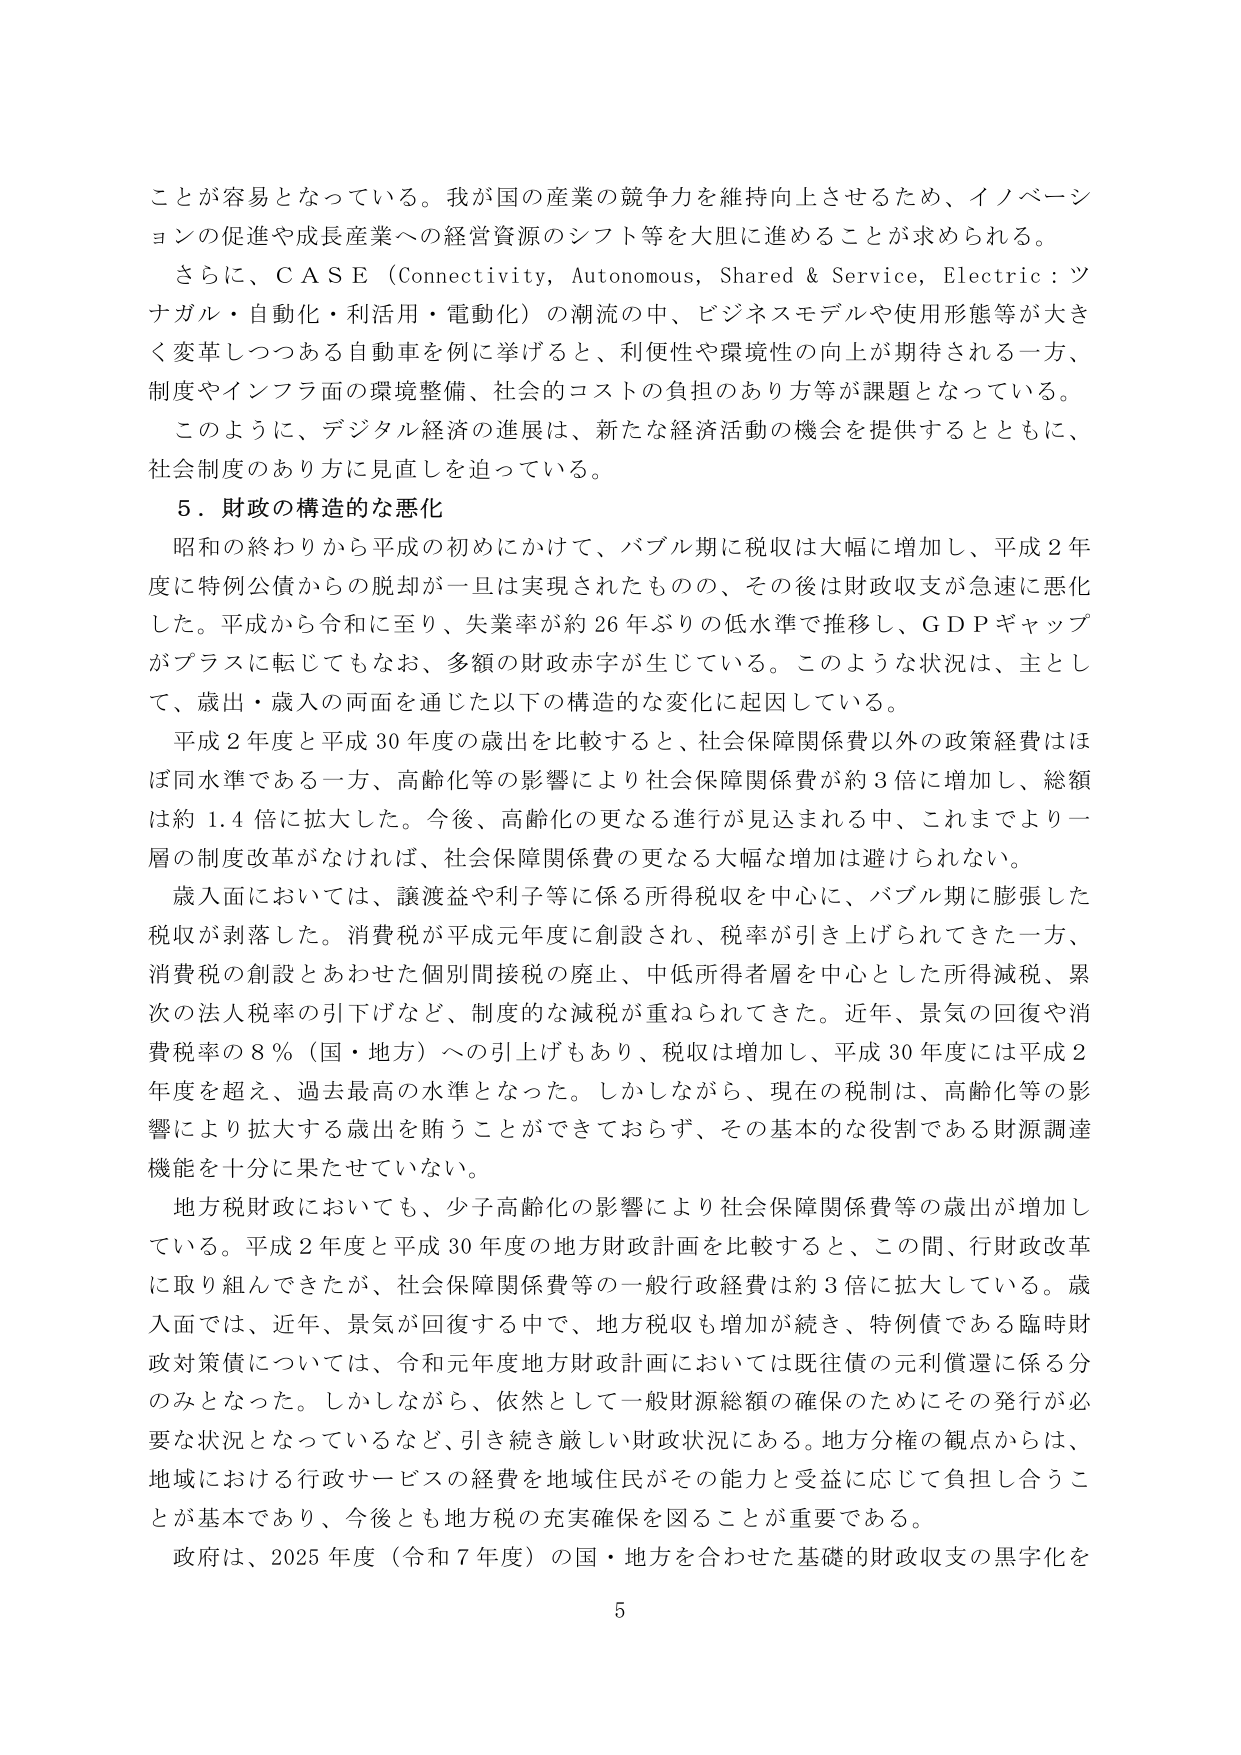
ことが容易となっている。我が国の産業の競争力を維持向上させるため、イノベーションの促進や成長産業への経営資源のシフト等を大胆に進めることが求められる。

さらに、ＣＡＳＥ（Connectivity, Autonomous, Shared & Service, Electric：つながる・自動化・利活用・電動化）の潮流の中、ビジネスモデルや使用形態等が大きく変革しつつある自動車を例に挙げると、利便性や環境性の向上が期待される一方、制度やインフラ面の環境整備、社会的コストの負担のあり方等が課題となっている。

このように、デジタル経済の進展は、新たな経済活動の機会を提供するとともに、社会制度のあり方に見直しを迫っている。

５．財政の構造的な悪化

昭和の終わりから平成の初めにかけて、バブル期に税収は大幅に増加し、平成２年度に特例公債からの脱却が一旦は実現されたものの、その後は財政収支が急速に悪化した。平成から令和に至り、失業率が約２６年ぶりの低水準で推移し、ＧＤＰギャップがプラスに転じてもなお、多額の財政赤字が生じている。このような状況は、主として、歳出・歳入の両面を通じた以下の構造的な変化に起因している。

平成２年度と平成３０年度の歳出を比較すると、社会保障関係費以外の政策経費はほぼ同水準である一方、高齢化等の影響により社会保障関係費が約３倍に増加し、総額は約１．４倍に拡大した。今後、高齢化の更なる進行が見込まれる中、これまでより一層の制度改革がなければ、社会保障関係費の更なる大幅な増加は避けられない。

歳入面においては、譲渡益や利子等に係る所得税を中心に、バブル期に膨張した税収が剥落した。消費税が平成元年度に創設され、税率が引き上げられてきた一方、消費税の創設とあわせた個別間接税の廃止、中低所得者層を中心とした所得減税、累次の法人税率の引下げなど、制度的な減税が重ねられてきた。近年、景気の回復や消費税率の８％（国・地方）への引上げもあり、税収は増加し、平成３０年度には平成２年度を超え、過去最高の水準となった。しかしながら、現在の税制は、高齢化等の影響により拡大する歳出を賄うことができておらず、その基本的な役割である財源調達機能を十分に果たせていない。

地方税財政においても、少子高齢化の影響により社会保障関係費等の歳出が増加している。平成２年度と平成３０年度の地方財政計画を比較すると、この間、行財政改革に取り組んできたが、社会保障関係費等の一般行政経費は約３倍に拡大している。歳入面では、近年、景気が回復する中で、地方税収も増加が続き、特例債である臨時財政対策債については、令和元年度地方財政計画においては既往債の元利償還に係る分のみとなった。しかしながら、依然として一般財源総額の確保のためにその発行が必要な状況となっているなど、引き続き厳しい財政状況にある。地方分権の観点からは、地域における行政サービスの経費を地域住民がその能力と受益に応じて負担し合うことが基本であり、今後とも地方税の充実確保を図ることが重要である。

政府は、2025年度（令和７年度）の国・地方を合わせた基礎的財政収支の黒字化を

5